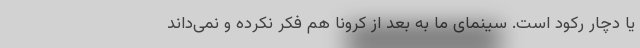
یا دچار رکود است. سینمای ما به بعد از کرونا هم فکر نکرده و نمی‌داند